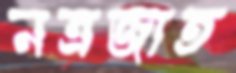
নত্রজাত